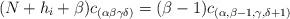
\begin{align*}(N+h_i+\beta)c_{(\alpha\beta\gamma\delta)}=(\beta-1)c_{(\alpha,\beta-1,\gamma,\delta+1)}\end{align*}